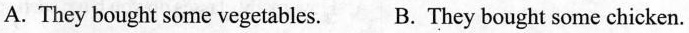
A. They bought some vegetables. B. They bought some chicken.